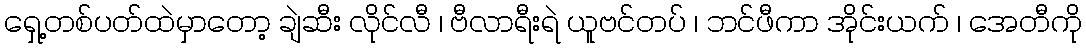
ရှေ့တစ်ပတ်ထဲမှာတော့ ချဲဆီး လိုင်လီ ၊ ဗီလာရီးရဲ ယူဗင်တပ် ၊ ဘင်ဖီကာ အိုင်းယက် ၊ အေတီကို